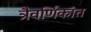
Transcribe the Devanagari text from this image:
त्रैवर्णिकांत